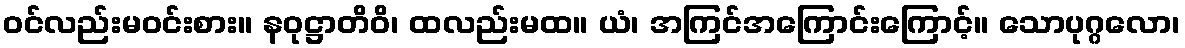
ဝင်လည်းမဝင်းစား။ နဝုဋ္ဌာတိဝိ၊ ထလည်းမထ။ ယံ၊ အကြင်အကြောင်းကြောင့်။ သောပုဂ္ဂလော၊